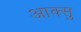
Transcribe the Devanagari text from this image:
आक्सु